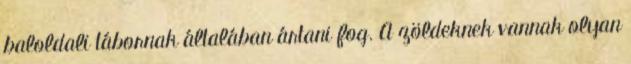
baloldali tábornak általában ártani fog. A zöldeknek vannak olyan